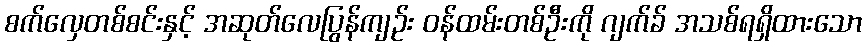
စက်လှေတစ်စင်းနှင့် အဆုတ်လေပြွန်ကျဉ်း ဝန်ထမ်းတစ်ဦးကို ဂျက်ခ် အသစ်ရရှိထားသော